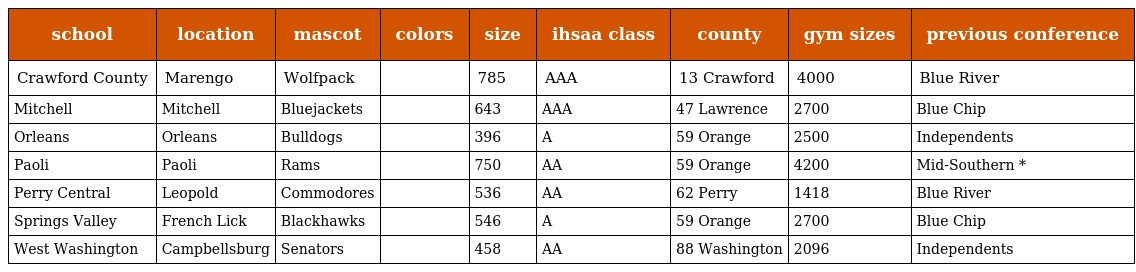
| school | location | mascot | colors | size | ihsaa class | county | gym sizes | previous conference |
 | --- | --- | --- | --- | --- | --- | --- | --- | --- |
 | Crawford County | Marengo | Wolfpack |  | 785 | AAA | 13 Crawford | 4000 | Blue River |
 | Mitchell | Mitchell | Bluejackets |  | 643 | AAA | 47 Lawrence | 2700 | Blue Chip |
 | Orleans | Orleans | Bulldogs |  | 396 | A | 59 Orange | 2500 | Independents |
 | Paoli | Paoli | Rams |  | 750 | AA | 59 Orange | 4200 | Mid-Southern * |
 | Perry Central | Leopold | Commodores |  | 536 | AA | 62 Perry | 1418 | Blue River |
 | Springs Valley | French Lick | Blackhawks |  | 546 | A | 59 Orange | 2700 | Blue Chip |
 | West Washington | Campbellsburg | Senators |  | 458 | AA | 88 Washington | 2096 | Independents |